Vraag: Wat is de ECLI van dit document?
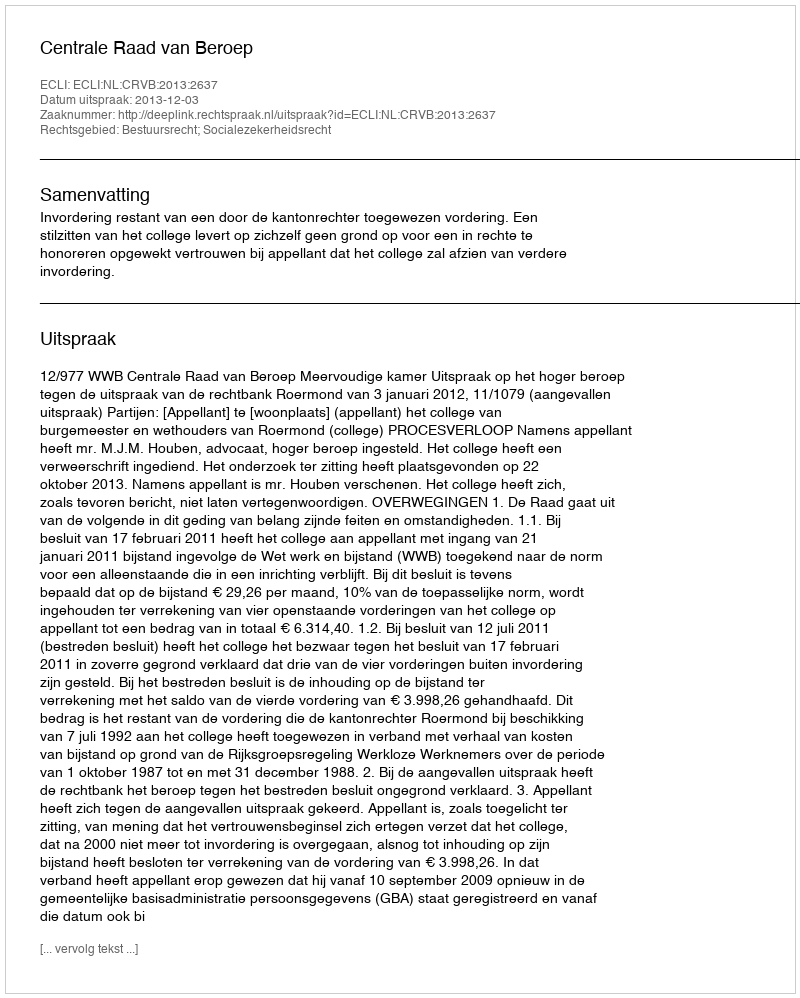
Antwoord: ECLI:NL:CRVB:2013:2637